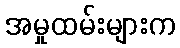
အမှုထမ်းများက